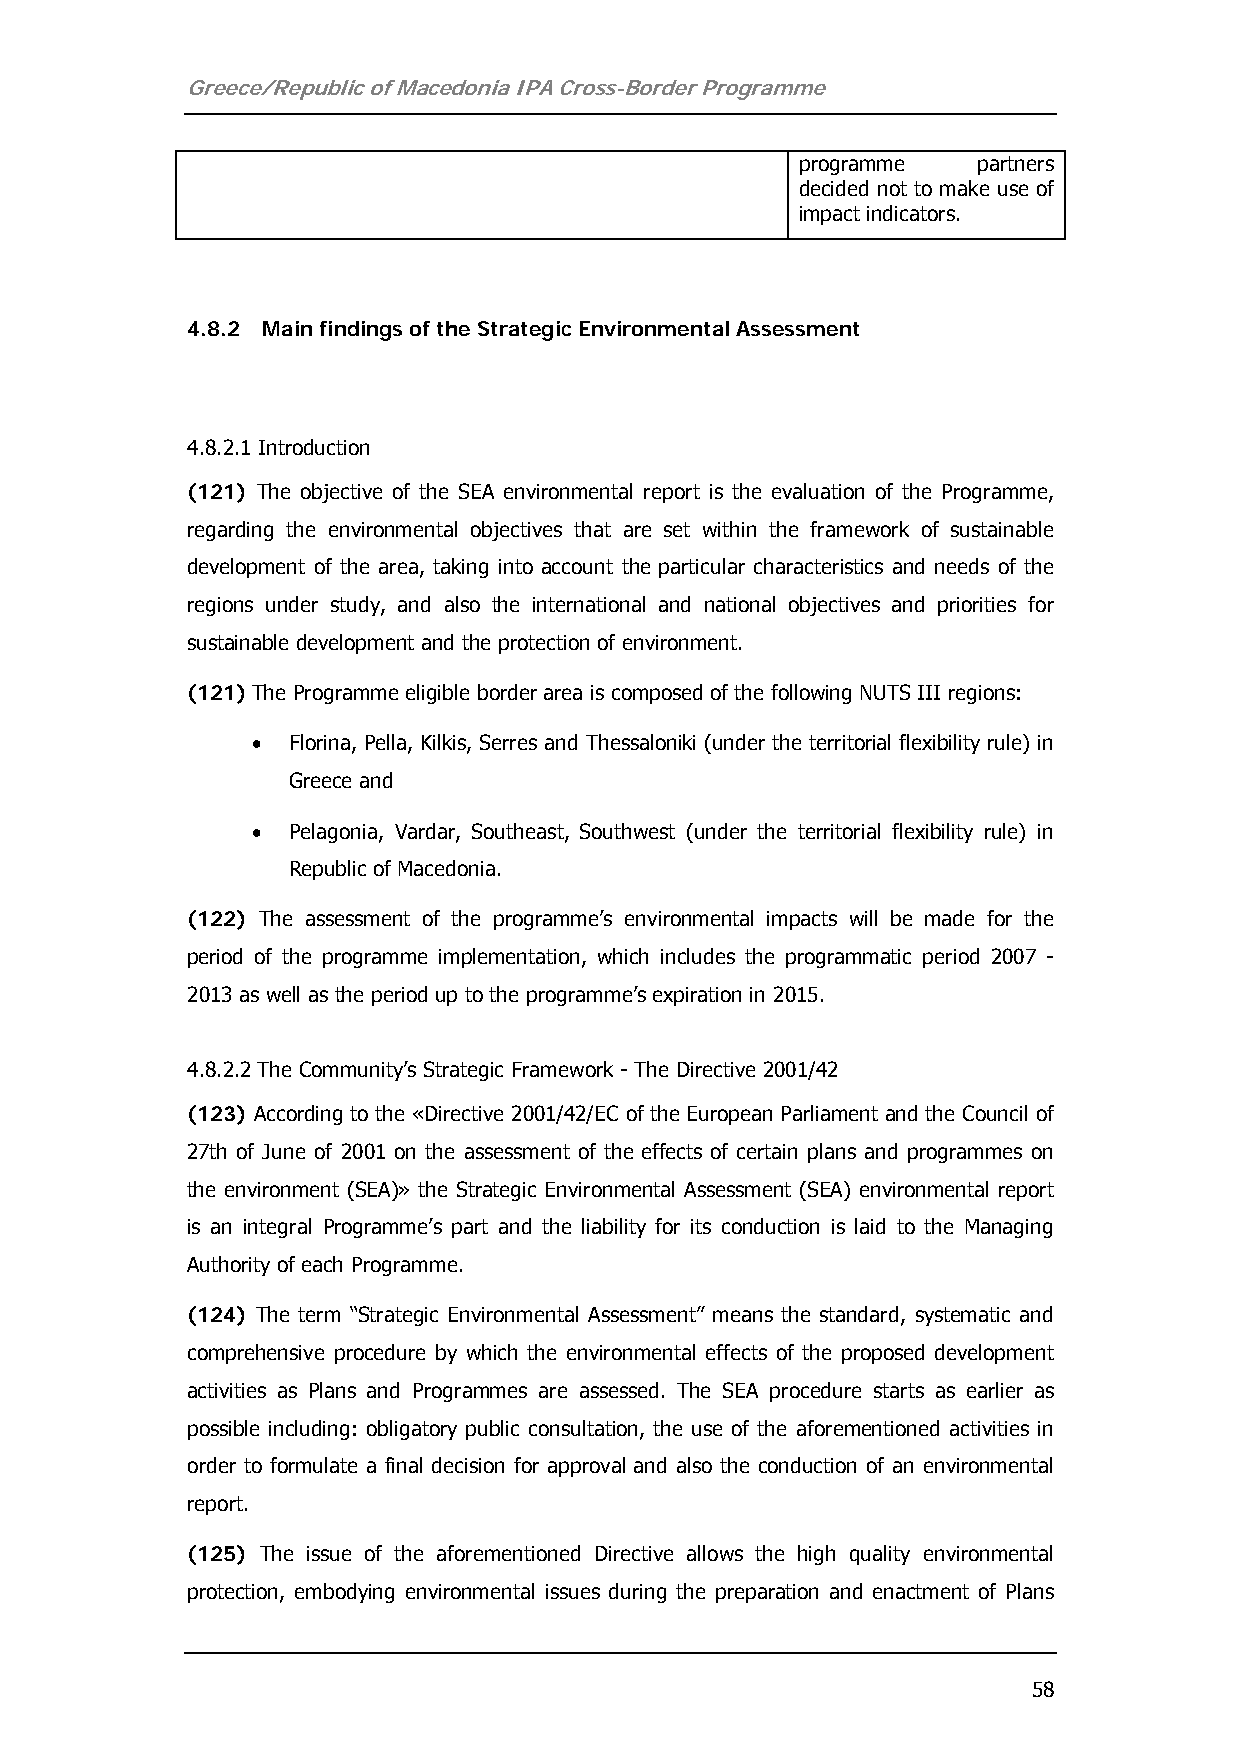
Greece/Republic of Macedonia IPA Cross-Border Programme
 programme   partners
 decided not to make use of
 impact indicators.
 4.8.2 Main findings of the Strategic Environmental Assessment
 4.8.2.1 Introduction
 (121) The objective of the SEA environmental report is the evaluation of the Programme,
 regarding the environmental objectives that are set within the framework of sustainable
 development of the area, taking into account the particular characteristics and needs of the
 regions under study, and also the international and national objectives and priorities for
 sustainable development and the protection of environment.
 (121) The Programme eligible border area is composed of the following NUTS III regions:
 • Florina, Pella, Kilkis, Serres and Thessaloniki (under the territorial flexibility rule) in
 Greece and
 • Pelagonia, Vardar, Southeast, Southwest (under the territorial flexibility rule) in
 Republic of Macedonia.
 (122) The assessment of the programme’s environmental impacts will be made for the
 period of the programme implementation, which includes the programmatic period 2007 -
 2013 as well as the period up to the programme’s expiration in 2015.
 4.8.2.2 The Community’s Strategic Framework - The Directive 2001/42
 (123) According to the «Directive 2001/42/EC of the European Parliament and the Council of
 27th of June of 2001 on the assessment of the effects of certain plans and programmes on
 the environment (SEA)» the Strategic Environmental Assessment (SEA) environmental report
 is an integral Programme’s part and the liability for its conduction is laid to the Managing
 Authority of each Programme.
 (124) The term “Strategic Environmental Assessment” means the standard, systematic and
 comprehensive procedure by which the environmental effects of the proposed development
 activities as Plans and Programmes are assessed. The SEA procedure starts as earlier as
 possible including: obligatory public consultation, the use of the aforementioned activities in
 order to formulate a final decision for approval and also the conduction of an environmental
 report.
 (125) The issue of the aforementioned Directive allows the high quality environmental
 protection, embodying environmental issues during the preparation and enactment of Plans
 58